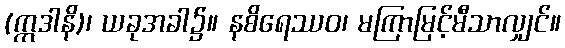
(ဣဒါနိ)၊ ယခုအခါ၌။ နစိရေဿဝ၊ မကြာမြင့်မီသာလျှင်။